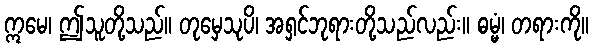
ဣမေ၊ ဤသူတို့သည်။ တုမှေသုပိ၊ အရှင်ဘုရားတို့သည်လည်း။ ဓမ္မံ၊ တရားကို။